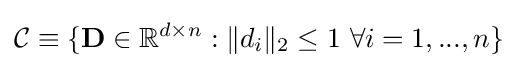
{\mathcal {C}}\equiv \{\mathbf {D} \in \mathbb {R} ^{d\times n}:\|d_{i}\|_{2}\leq 1\,\,\forall i=1,...,n\}